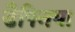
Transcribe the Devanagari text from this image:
डैफ्निया